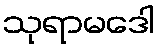
သုရာမဒေါ